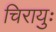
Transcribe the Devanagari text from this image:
चिरायुः